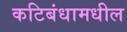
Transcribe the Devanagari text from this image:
कटिबंधामधील